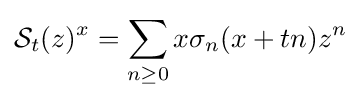
{\mathcal {S}}_{t}(z)^{x}=\sum _{n\geq 0}x\sigma _{n}(x+tn)z^{n}